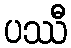
ပဿီ